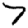
Digit: 7